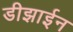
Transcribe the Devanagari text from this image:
डीझाईन